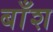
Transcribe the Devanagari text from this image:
बाँश